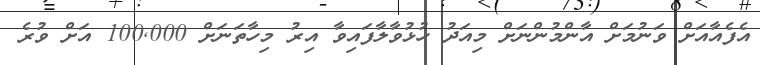
އެފެއާއަށް ވަނުމަށް އާންމުންނަށް މިއަދު ހުޅުވާލާފައިވާ އިރު މިހާތަނަށް 100